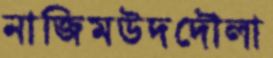
নাজিমউদদৌলা